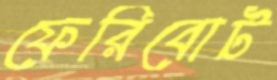
ফেরিবোট